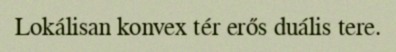
Lokálisan konvex tér erős duális tere.